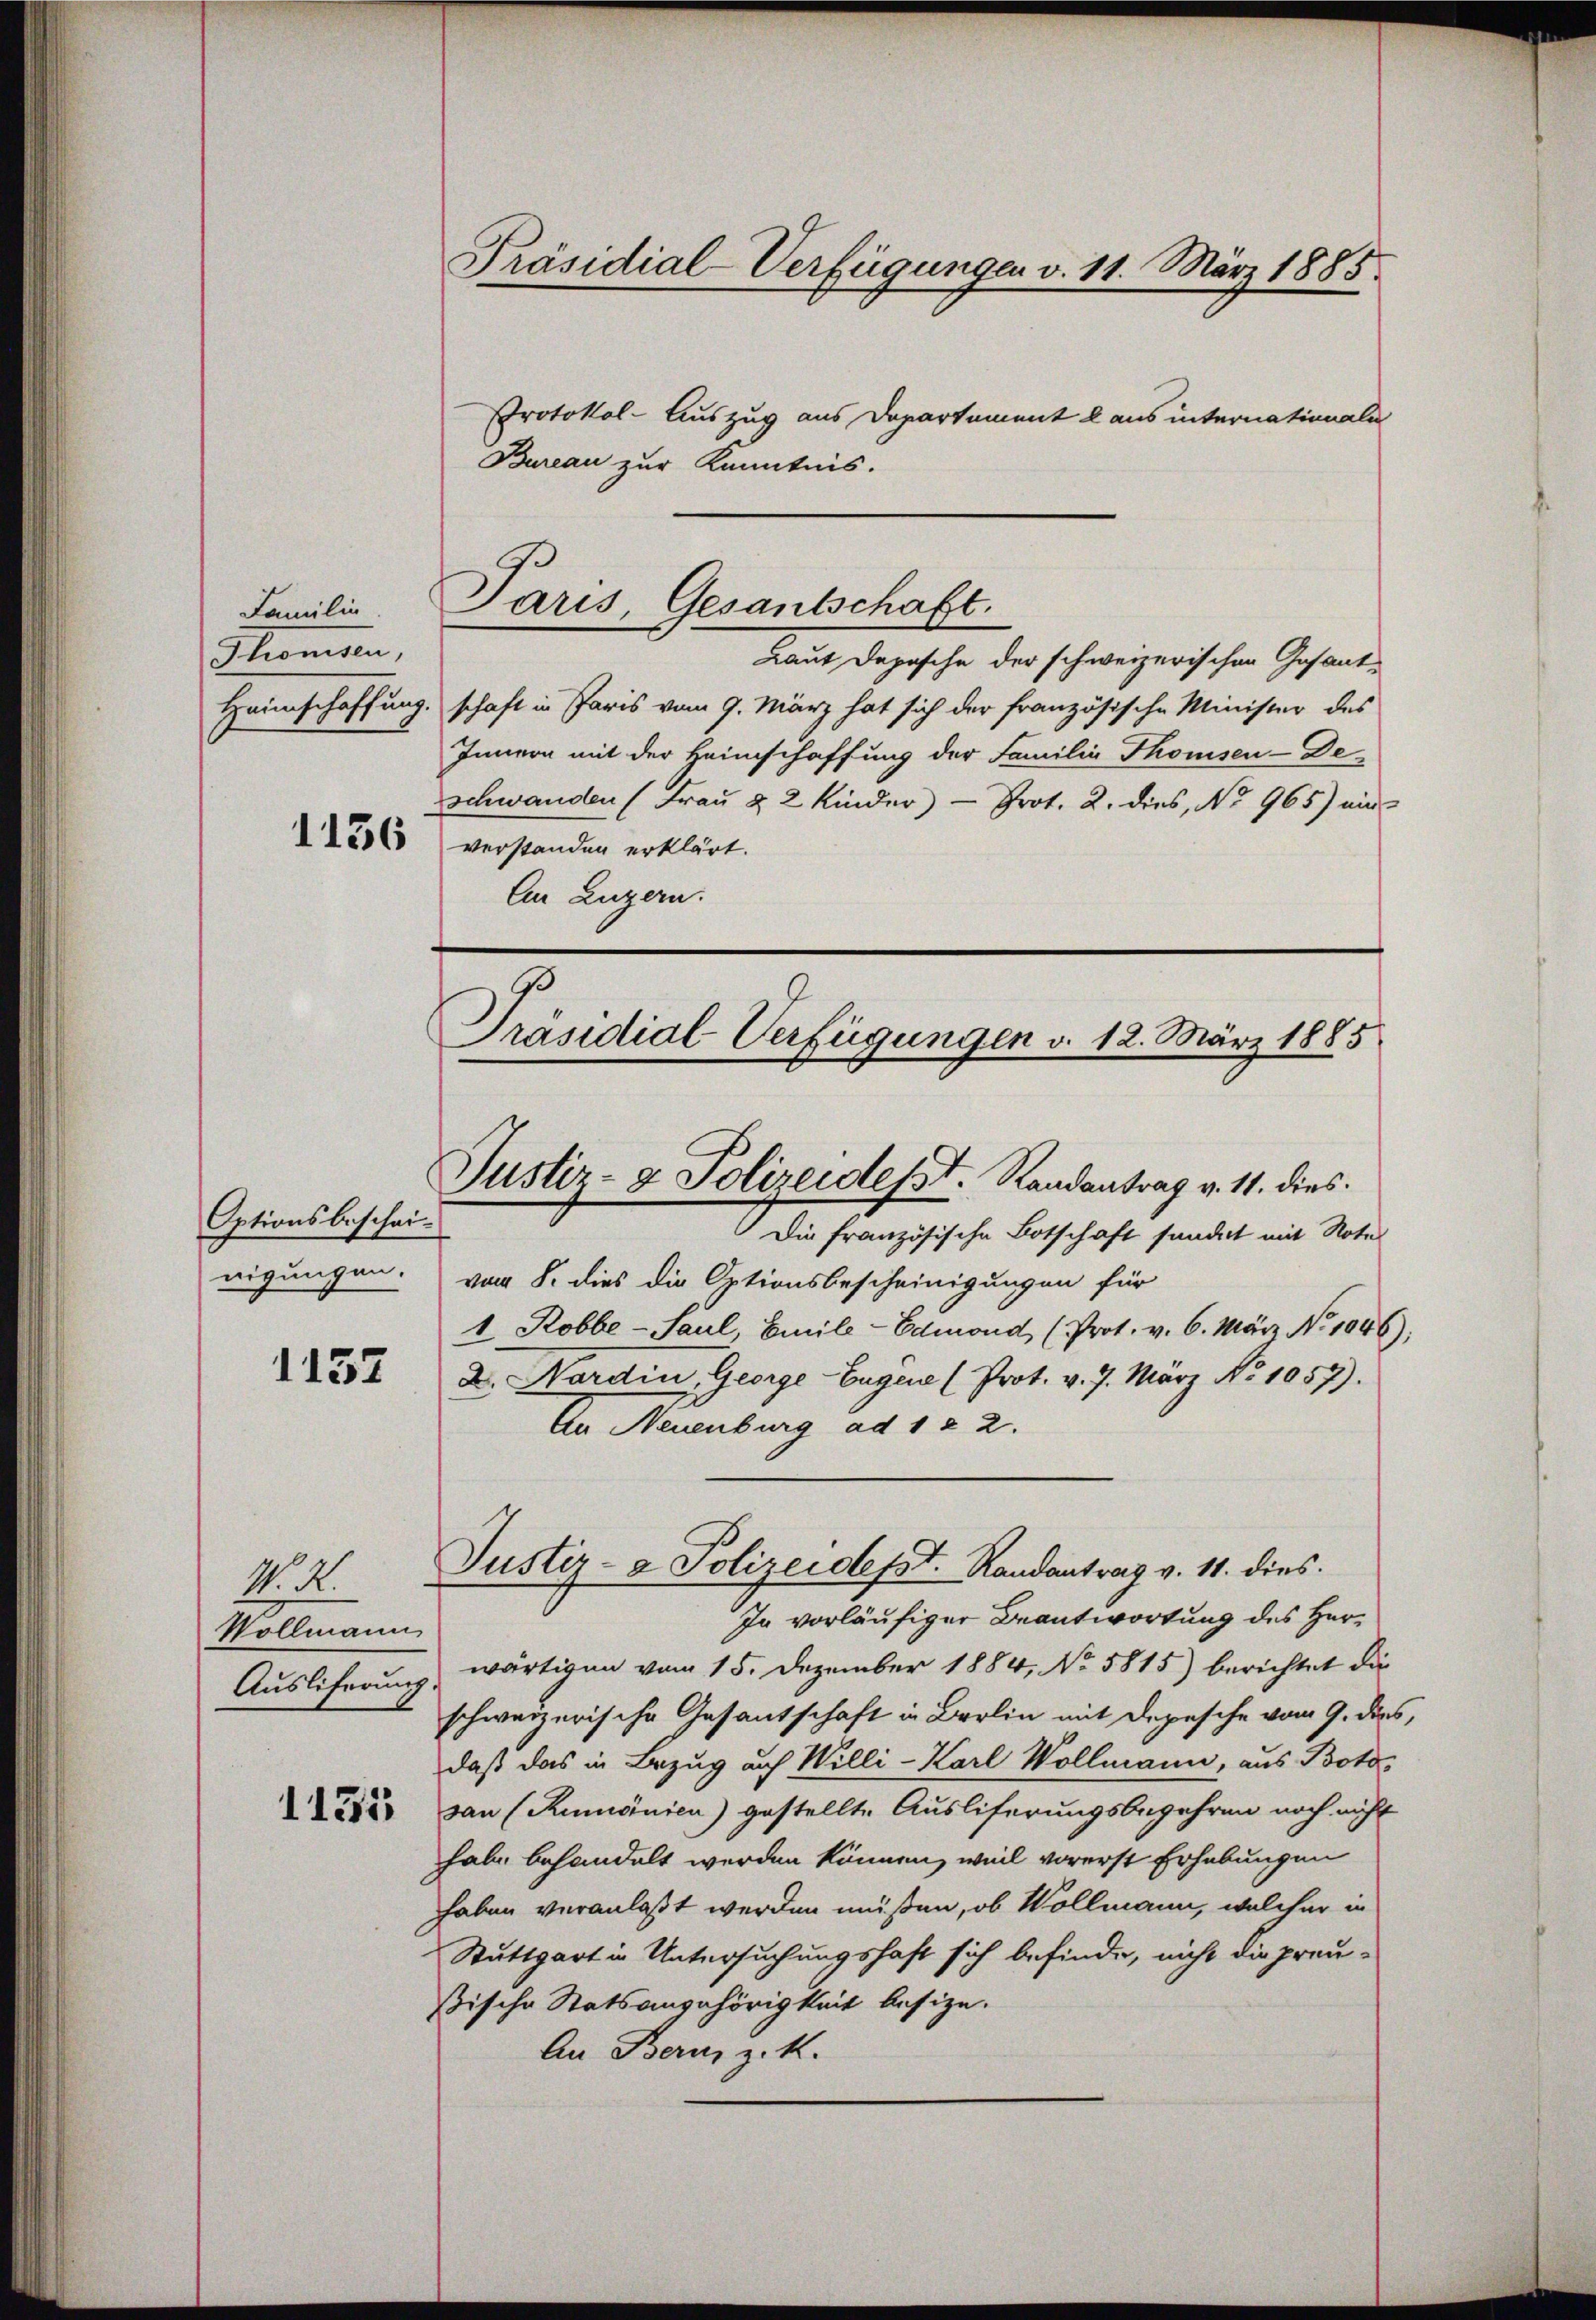
Familie
Thronisen,
1136

Optionsbescheinigungen.

1152

M. R.
Vollmann
Auslieferung

1131

Präsidial-Verfügungen v. 11. März 1885.

Paris, Gesantschaft.

Protokol-Auszug aus Departament laus internationale
Bureau zur Kenntnis.
Laut Depesche der schweizerischen Gesant¬
Heimschaffung, schaft in Paris vom 9. März hat sich der französische Minister des
Innern mit der Heimschaffung der Familia Thomsen-De-
schwanden (Frau & 2 Kinder) - Prot. 2. dies, No 965) ein
verstanden erklärt.
An Luzern.
Präsidial-Verfügungen v. 12. März 1885

Justiz- & Polizeidesst. Randantrag v. 11. dies

Die französische Botschaft sondert mit Note
von 8. dies die Optionsbescheinigungen für
1 Robbe - Saul, Emile-Edmond (Prot. v. 6. März No. 1046);
2. Nordin, George-Eugen (Prot. v. 7. März No 1057).
An Neuenburg ad 122.
In vorläufiger Beantwortung des Herwärtigen vom 15. Dezember 1884, No 5815) berichtet die
schweizerische Gesantschaft in Berlin mit Depesche vom 9. dies,
daß das in Bezug auf Willi-Karl Wollmann, aus Botovan (Rumänien) gestellte Ausliferungsbegehren noch nicht
habe behandelt werden können, weil vorerst Erhebungen
haben veranlaßt werden müßen, ob Wollmann, welcher in
Stuttgart in Untersuchungshaft sich befinde, nicht die preußische Statsangehörigkeit besize.
An Bern z. K.

Justiz- & Polizeidesst. Randantrag v. 11. dies.